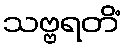
သဗ္ဗရတိံ